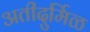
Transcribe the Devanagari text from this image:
अतीदुर्मिळ